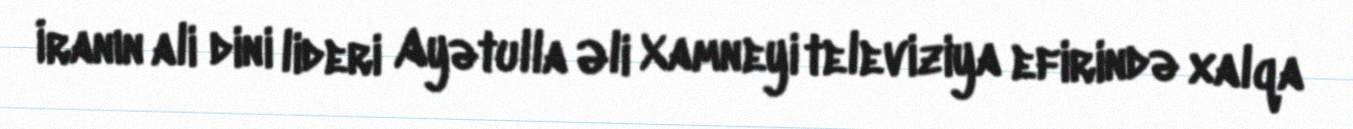
İranın ali dini lideri Ayətulla Əli Xamneyi televiziya efirində xalqa